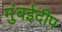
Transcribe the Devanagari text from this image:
मुंबईदीप